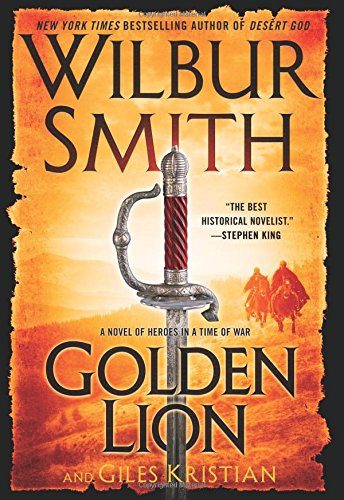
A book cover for Golden Lion: A Novel of Heroes in a Time of War (The Courtney Series); Wilbur Smith; Mystery, Thriller & Suspense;